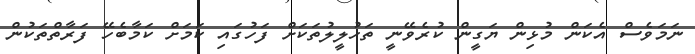
ނަމަވެސް އެކަން މުޅިން ޔަގީން ކުރެވޭނީ ތަހުލީލުތަކަށް ފަހުގައި ކަމަށް ކަމާބެހޭ ފަރާތްތަކުން